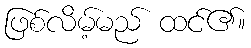
ဖြစ်လိမ့်မည် ထင်၏။